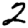
Digit: 2